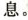
息.